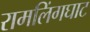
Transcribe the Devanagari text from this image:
रामलिंगघाट